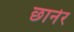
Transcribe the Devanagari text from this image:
छानेर